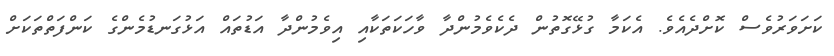
ކަށަވަރުވެސް ކޮށްދެއެވެ. އެކަމާ ގުޅޭގޮތުން ދެކެވެމުންދާ ވާހަކަތަކާއި އިވެމުންދާ އަޑުތައް އަޅުގަނޑުމެންގެ ކަންފަތްތަކަށް